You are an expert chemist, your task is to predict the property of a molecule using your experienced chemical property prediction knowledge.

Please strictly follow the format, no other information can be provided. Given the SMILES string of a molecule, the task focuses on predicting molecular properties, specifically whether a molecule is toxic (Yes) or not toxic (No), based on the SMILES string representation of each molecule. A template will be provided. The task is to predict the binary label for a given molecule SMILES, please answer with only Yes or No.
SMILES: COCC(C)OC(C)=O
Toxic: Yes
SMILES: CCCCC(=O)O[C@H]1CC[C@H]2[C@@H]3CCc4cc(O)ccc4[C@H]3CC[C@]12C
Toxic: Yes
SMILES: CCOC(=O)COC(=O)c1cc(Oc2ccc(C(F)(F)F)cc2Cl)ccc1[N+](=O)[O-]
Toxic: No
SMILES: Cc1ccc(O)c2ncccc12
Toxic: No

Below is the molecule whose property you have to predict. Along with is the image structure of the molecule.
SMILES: C[C@H](CCC(=O)NCC(=O)O)[C@H]1CC[C@H]2[C@H]3[C@H](C[C@H](O)[C@@]21C)[C@@]1(C)CC[C@@H](O)C[C@H]1C[C@H]3O
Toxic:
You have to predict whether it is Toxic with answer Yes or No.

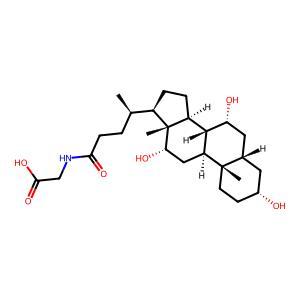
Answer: No